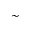
\sim